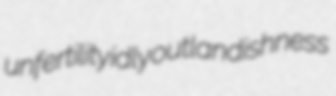
unfertility idly outlandishness